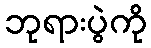
ဘုရားပွဲကို